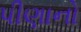
પીણાનો